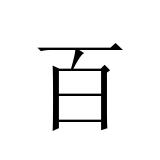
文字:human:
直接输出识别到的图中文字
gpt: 百